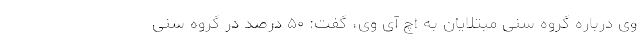
وی درباره گروه‌ سنی مبتلایان به اچ آی وی، گفت: ۵۰ درصد در گروه سنی